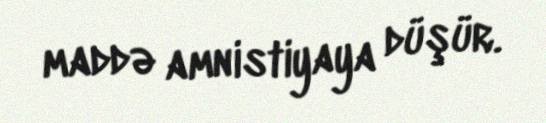
maddə amnistiyaya düşür.